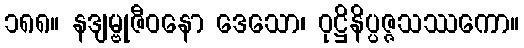
၁၈၈။ နဒျမ္ဗုဇီဝနော ဒေသော၊ ဝုဋ္ဌိနိပ္ပဇ္ဇသဿကော။